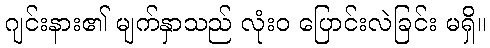
ဂျင်းနား၏ မျက်နှာသည် လုံးဝ ပြောင်းလဲခြင်း မရှိ။